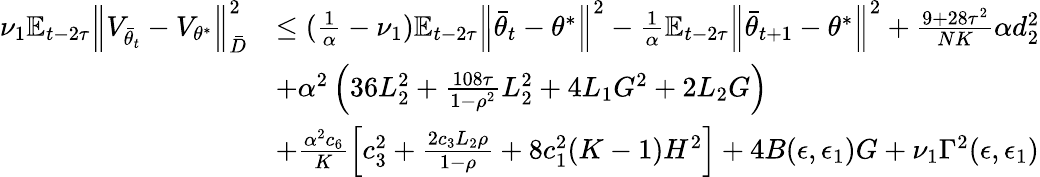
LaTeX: \begin{array}{rl}{\nu_{1}\mathbb{E}_{t-2\tau}\Big\lVert V_{\bar{\theta}_{t}}-V_{\theta^{*}}\Big\rVert_{\bar{D}}^{2}}&{\le(\frac{1}{\alpha}-\nu_{1})\mathbb{E}_{t-2\tau}\Big\lVert\bar{\theta}_{t}-\theta^{*}\Big\rVert^{2}-\frac{1}{\alpha}\mathbb{E}_{t-2\tau}\Big\lVert\bar{\theta}_{t+1}-\theta^{*}\Big\rVert^{2}+\frac{9+28\tau^{2}}{NK}\alpha d_{2}^{2}}\\ &{+\alpha^{2}\left(36L_{2}^{2}+\frac{108\tau}{1-\rho^{2}}L_{2}^{2}+4L_{1}G^{2}+2L_{2}G\right)}\\ &{+\frac{\alpha^{2}c_{6}}{K}\left[c_{3}^{2}+\frac{2c_{3}L_{2}\rho}{1-\rho}+8c_{1}^{2}(K-1)H^{2}\right]+4B(\epsilon,\epsilon_{1})G+\nu_{1}\Gamma^{2}(\epsilon,\epsilon_{1})}\end{array}